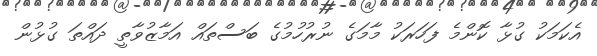
އެކަމަކު ގުޅާ ކޮންމެ ފަހަރަކު މާމަގެ ނުރުހުމުގެ ބަސްތައް އަމާޒުވާތީ ދައްތަ ގުޅުން